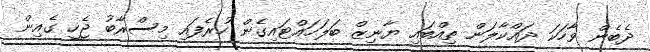
ދެބެން ވާހަކަ ދައްކާލަން ތިއްބައި ޔާނިޒް ބަލަހައްޓައިގެން ހުރެފައި މިސްރާބު ޖެހީ ގެއިން